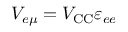
V _ { e \mu } = V _ { \mathrm { C C } } \varepsilon _ { e e }